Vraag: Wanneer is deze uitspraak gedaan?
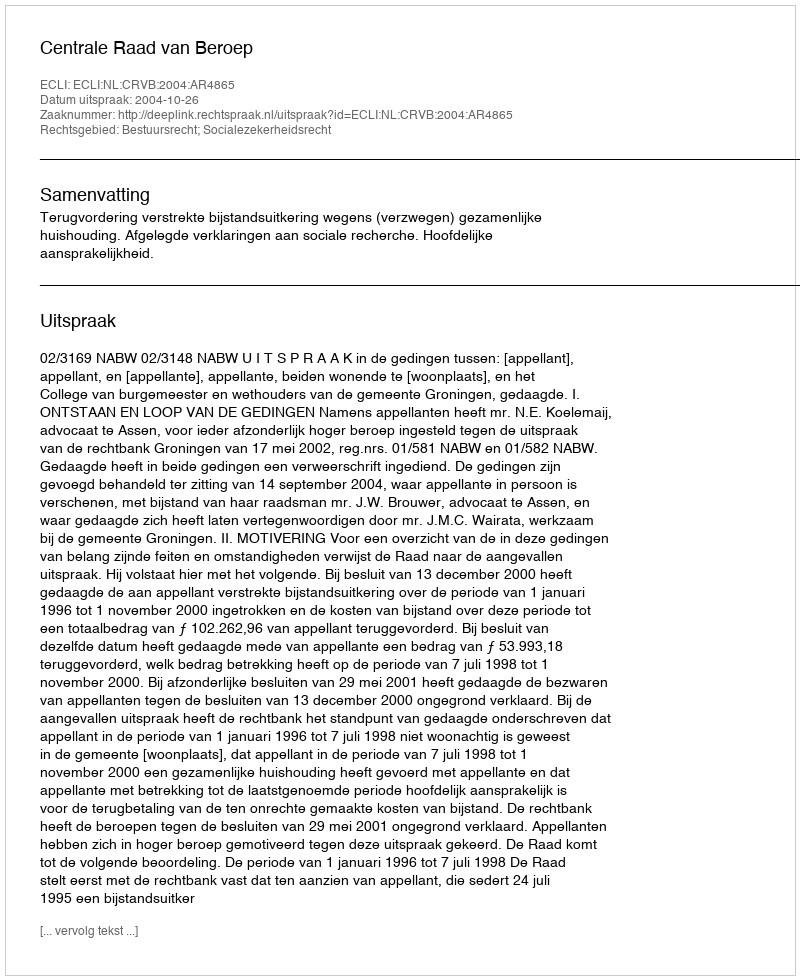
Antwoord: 2004-10-26